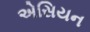
એસિયન